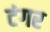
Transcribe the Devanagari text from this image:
टंगर